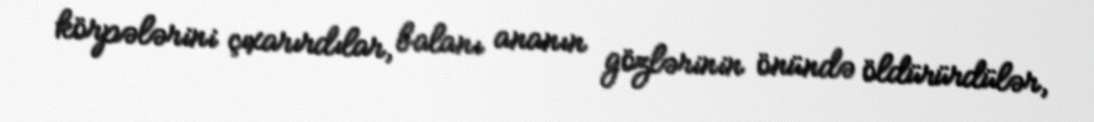
körpələrini çıxarırdılar, balanı ananın gözlərinin önündə öldürürdülər,